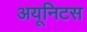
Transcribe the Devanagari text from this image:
अयूनिटस